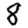
Digit: 8